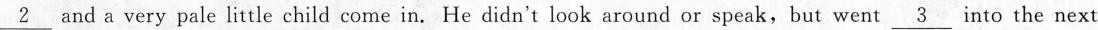
\underline{2} and a very pale little child come in. He didn't look around or speak but went \underline{3} into the next